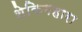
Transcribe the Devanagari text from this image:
शेकिगहारा